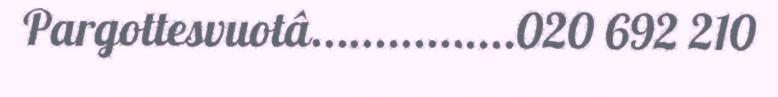
Pargottesvuotâ................020 692 210